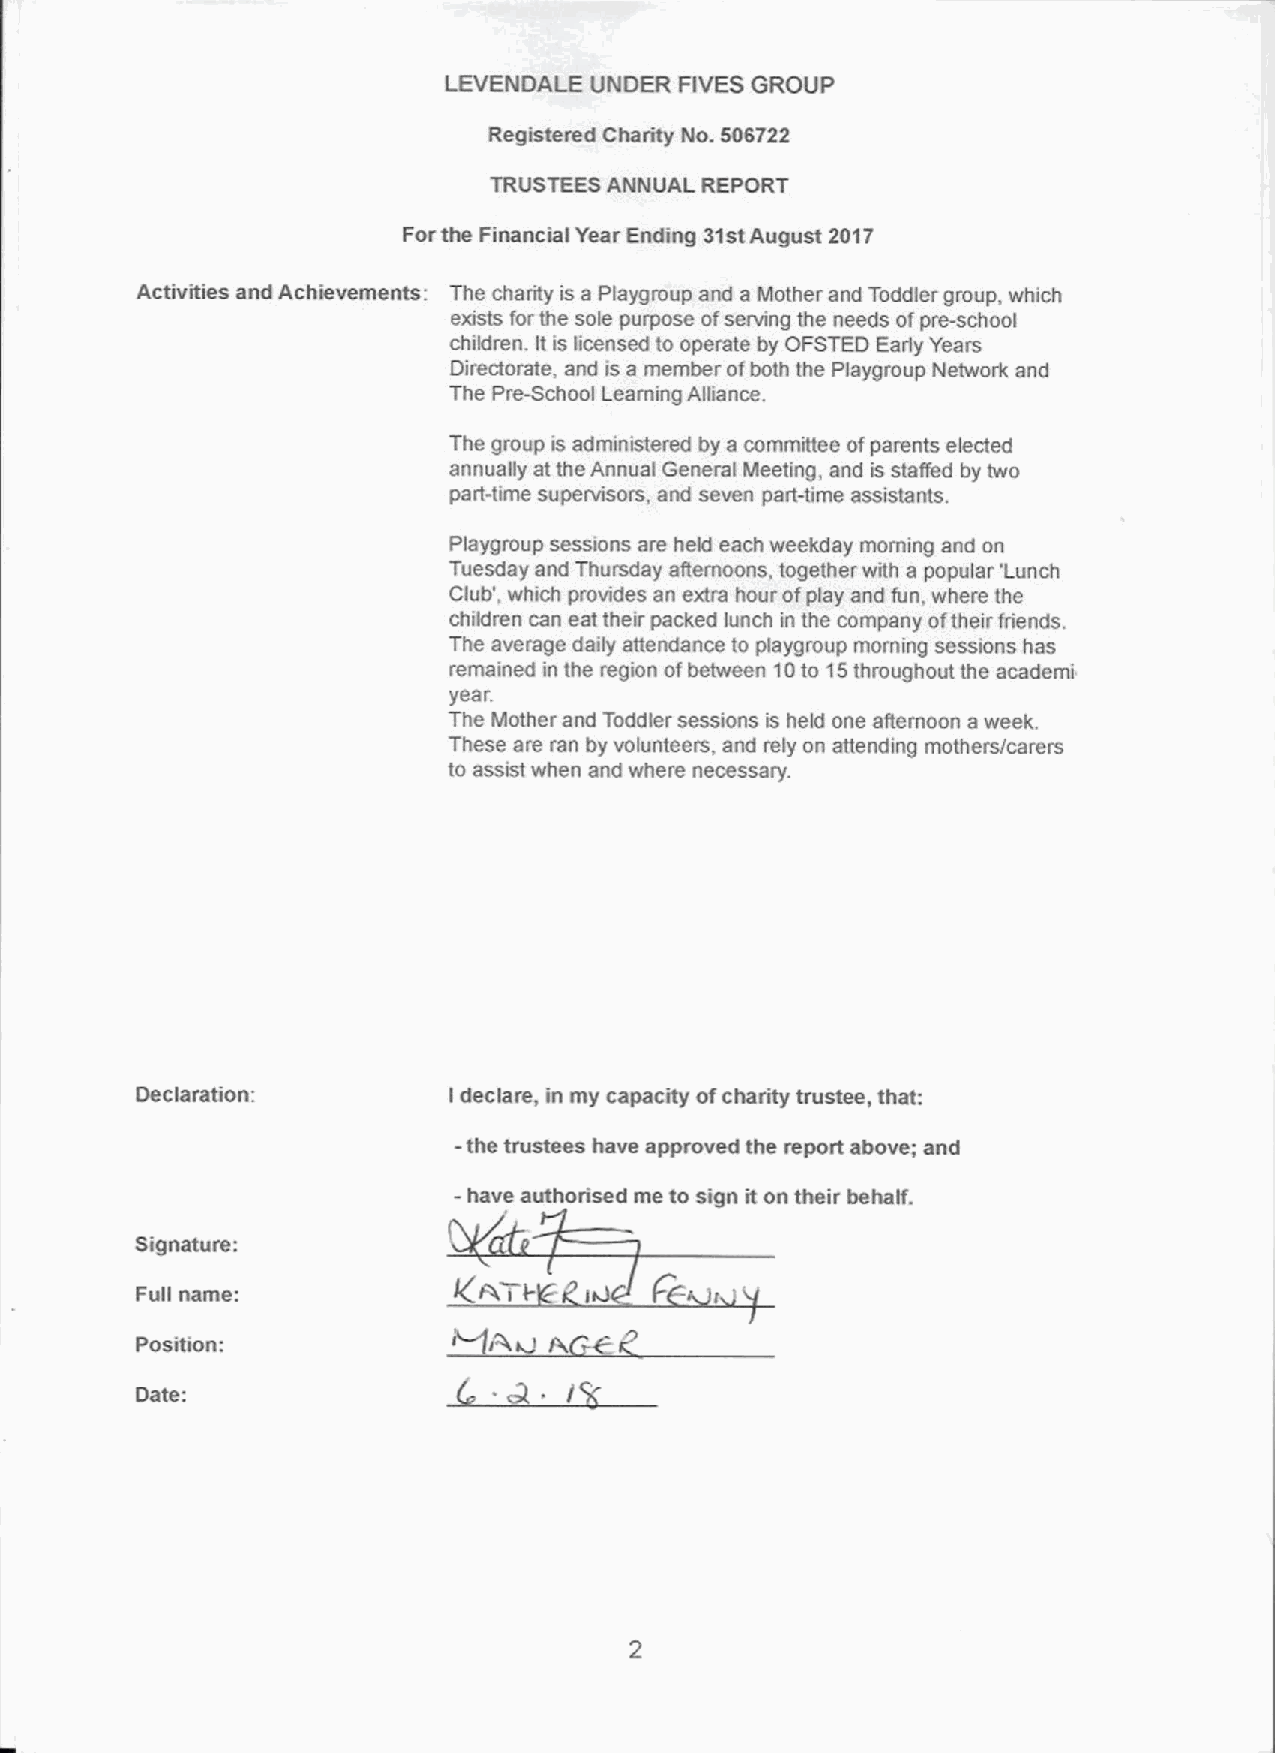
LEVENDALE UNDER FIVESGROUP
 Registered Charity No. 506722
 TRUSTEES ANNUAL REPORT
 For the Financial Year Ending 31stAugust 2017
 Activities and Achievements: The charity is a Playgroup and a Mother and Toddler group, which
 exists for the sole purpose ofserving the needs ofpre-school
 children. It is licensed to operate by OFSTED Early Years
 Directorate, and is a member ofboth the Playgroup Network and
 The Pre-School Learning Alliance.
 The group is administered by a committee ofparents elected
 annually at the Annual General Meeting, and is staffed by two
 part-time supervisors, and seven part-time assistants.
 Playgroup sessions are held each weekday morning and on
 Tuesday and Thursday afternoons. together with a popular 'Lunch
 Club', which provides an extra hour ofplay and fun. where the
 children can eat their packed lunch in the company oftheir friends.
 The average daily attendance to playgroup morning sessions has
 remained in the region ofbetween 10to 15throughout the academi
 year.
 The Mother and Toddler sessions is held one afternoon a week.
 These are ran by volunteers, and rely on attending mothers/carers
 to assist when and where necessary.
 Declaration:         Ideclare, in my capacity ofcharity trustee, that:
 -
 the trustees have approved the report above; and
 - have authorised me to sign it on their behalf.
 Signature:
 0
 Full name:           BEATI.   I       r
 Position:
 Date: